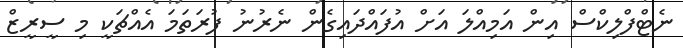
ނެޓްފްލިކްސް އިން އަމިއްލަ އަށް އުފައްދައިގެން ނެރުނު ފުރަތަމަ އެއްޗަކީ މި ސީރީޒް